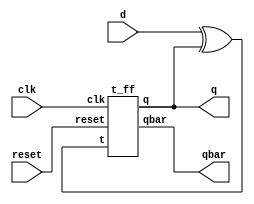
module d_using_t(input clk,reset,d,output q,qbar);
wire w1;
assign w1 = (d^q);
t_ff TFF(clk,reset,w1,q,qbar);
endmodule

module t_ff(input clk,reset,t,output reg q, output qbar);
always@(posedge clk)begin
  if(reset)
    q <= 1'b0;
  else begin
    if(t)
      q<= ~q;
    else
      q<= q;                     
  end
end
assign qbar = ~q;
endmodule